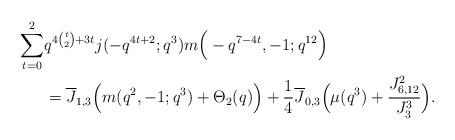
LaTeX: \begin{align*} \sum_{t=0}^{2}&q^{4\binom{t}{2}+3t}j(-q^{4t+2};q^3)m\Big (-q^{7-4t},-1;q^{12}\Big )\\&=\overline{J}_{1,3}\Big ( m(q^2,-1;q^3)+\Theta_2(q)\Big ) +\frac{1}{4}\overline{J}_{0,3}\Big (\mu(q^3)+\frac{J_{6,12}^2}{J_{3}^3} \Big). \end{align*}